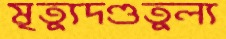
মৃত্যুদণ্ডতুল্য